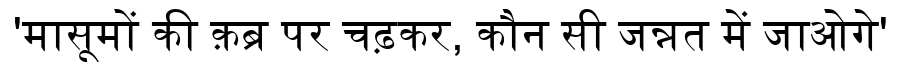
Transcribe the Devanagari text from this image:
'मासूमों की क़ब्र पर चढ़कर, कौन सी जन्नत में जाओगे'